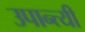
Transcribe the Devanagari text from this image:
उपान्त्यी